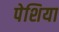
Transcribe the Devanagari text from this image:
पेशिया